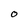
Character: O